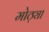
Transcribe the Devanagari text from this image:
मोठ्य़ा